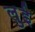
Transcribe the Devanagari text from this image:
लुुई